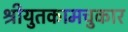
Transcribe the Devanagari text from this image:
श्रीयुतकामचुकार